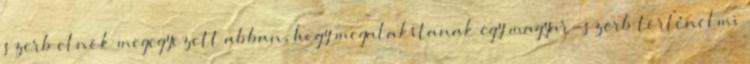
szerb elnök megegyezett abban, hogy megalakítanak egy magyar-szerb történelmi